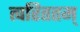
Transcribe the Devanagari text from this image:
त्वरिततम्